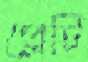
প্লেটি